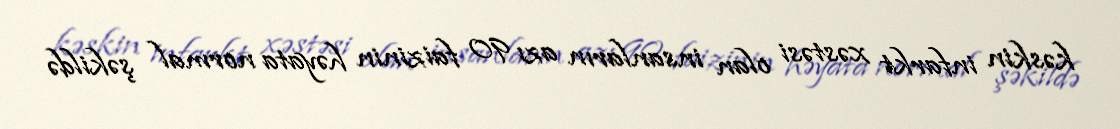
kəskin infarkt xəstəsi olan insanların azı 90 faizinin həyata normal şəkildə